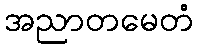
အညာတမေတံ